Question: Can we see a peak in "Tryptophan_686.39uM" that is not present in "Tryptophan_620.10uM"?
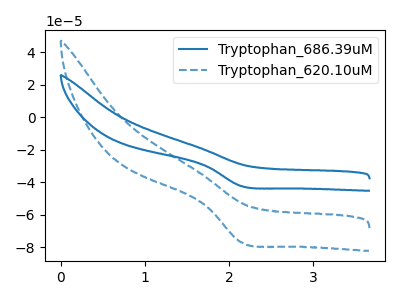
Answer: <think>The blue curve "Tryptophan_686.39uM" has a cathodic peak at: (2.15V, -42.35uA). The blue dashed curve "Tryptophan_620.10uM" has a cathodic peak at: (2.15V, -76.95uA).
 All the peaks in "Tryptophan_686.39uM" have a peak in "Tryptophan_620.10uM" at the same potential. Every peak in "Tryptophan_686.39uM" is lower than every peak in "Tryptophan_620.10uM".</think>
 <answer>No, "Tryptophan_686.39uM" and "Tryptophan_620.10uM" don't appear to be significantly different in shape</answer>
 <eval>no_change</eval>